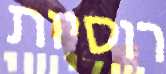
רוסיות